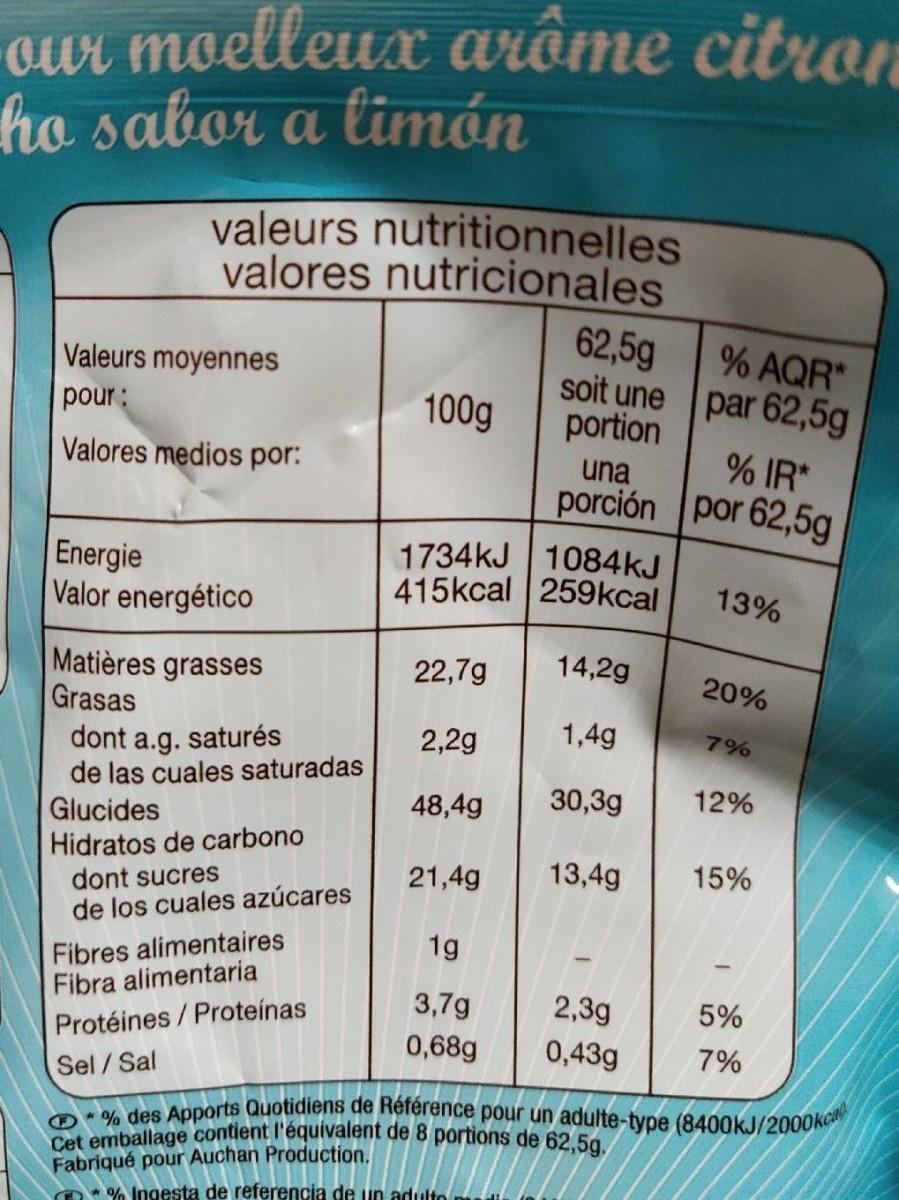
our moelleux arôme citron ho sabor a timón
valeurs nutritionnelles valores nutricionales
62,5g
% AQR* soit une par 62,5g portion
Valeurs moyennes
pour:
100g
Valores medios por:
una
% IR*
porción por 62,5g
Energie Valor energético
1734kJ 1084KJ 415kcal 259kcal
13%
14,2g
Matières grasses Grasas dont a.g. saturés de las cuales saturadas Glucides Hidratos de carbono
22,7g
20%
2,2g
1,4g
7%
48,4g
30,3g
12%
21,4g
13,4g
15%
dont sucres de los cuales azúcares
Fibres alimentaires Fibra alimentaria
1g
3,7g
2,3g
5%
Protéines / Proteínas
0,43g
0,68g
7%
Sel /Sal
O* % des Apports Quotidiens de Référence pour un adulte-type (8400KJ/2000kc Cet emballage contient l'équivalent de 8 portions de 62,5g./
Fabriqué pour Auchan Production.
A* % Ingesta de referencia de un adulto